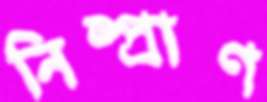
নিষ্প্রাণ